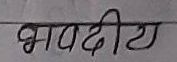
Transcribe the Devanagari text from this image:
भवदीय